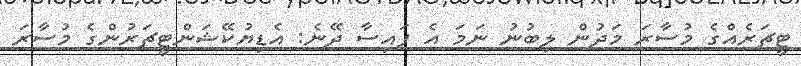
ޓީޗަރެއްގެ މުސާރަ މަދުން ލިބުނު ނަމަ އެ ފައިސާ ދޭނެ: އެޑިޔުކޭޝަންޓީޗަރުންގެ މުސާރަ